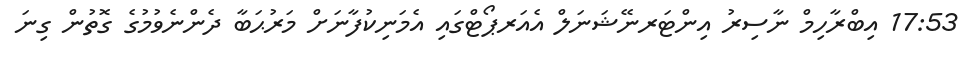
17:53 އިބްރާހިމް ނާސިރު އިންޓަރނޭޝަނަލް އެއަރޕޯޓްގައި އެމަނިކުފާނަށް މަރުޙަބާ ދެންނެވުމުގެ ގޮތުން ގިނަ